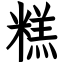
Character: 糕